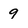
Character: 9